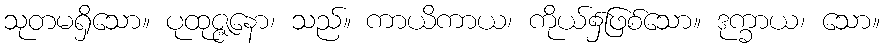
သုတမရှိသော။ ပုထုဇ္ဇနော၊ သည်။ ကာယိကာယ၊ ကိုယ်၌ဖြစ်သော။ ဒုက္ခာယ၊ သော။